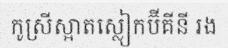
កូស្រីស្អាតស្លៀកប៊ីគីនី រង